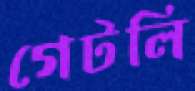
গেটলি